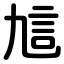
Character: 訄